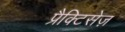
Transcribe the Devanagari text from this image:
प्रैक्टिसेज़